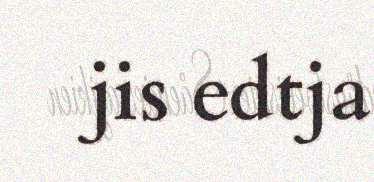
jis edtja